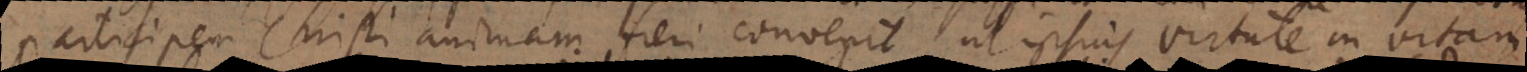
participem Christi animam fieri convenit, ut ipsius virtute in vitam